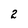
Character: 2